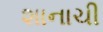
શાનાચી